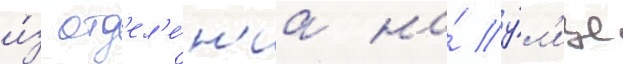
и́з отд'ел'е́н'иа на́ у́л'ице